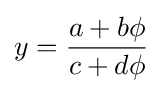
y={\frac {a+b\phi }{c+d\phi }}